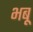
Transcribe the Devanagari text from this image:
भबू